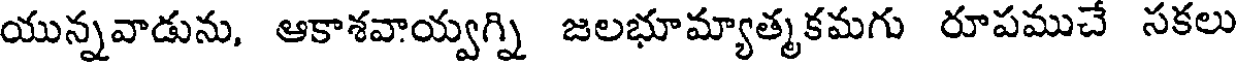
యున్నవాడును, ఆకాశవాయ్వగ్ని జలభూమ్యాత్మకమగు రూపముచే సకలు